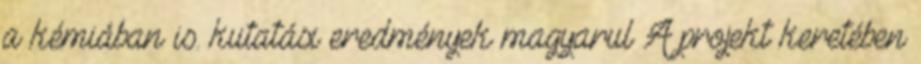
a kémiában is. kutatási eredmények magyarul A projekt keretében